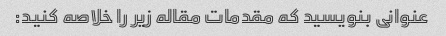
عنوانی بنویسید که مقدمات مقاله زیر را خلاصه کنید: